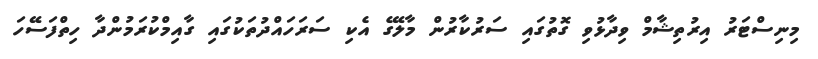
މިނިސްޓަރު އިރުތިޝާމް ވިދާޅުވި ގޮތުގައި ސަރުކާރުން މާލޭގެ އެކި ސަރަހައްދުތަކުގައި ގާއިމްކުރަމުންދާ ހިތްފަސޭހަ